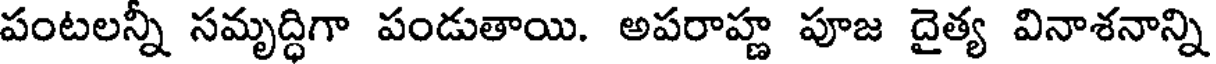
పంటలన్నీ సమృద్ధిగా పండుతాయి. అపరాహ్ణ పూజ దైత్య వినాశనాన్ని